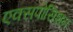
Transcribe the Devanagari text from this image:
एक्सपोसिशन